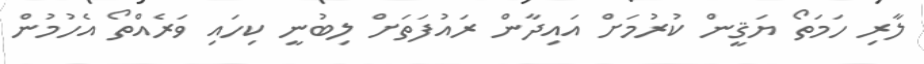
ލާރި ހަމަތޯ ޔަޤީން ކުރުމަށް އައިދާން ރައުފަތަށް ލިބުނީ ކިހައި ވަރެއްތޯ އެހުމުން